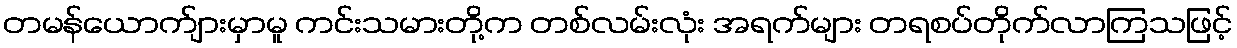
တမန်ယောက်ျားမှာမူ ကင်းသမားတို့က တစ်လမ်းလုံး အရက်များ တရစပ်တိုက်လာကြသဖြင့်